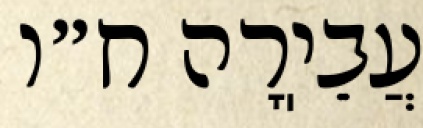
עֲבֵיֽרָה ח״ו